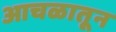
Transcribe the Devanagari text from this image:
आचळातून